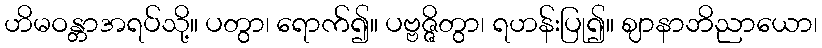
ဟိမဝန္တာအရပ်သို့။ ပတွာ၊ ရောက်၍။ ပဗ္ဗဇ္ဇိတွာ၊ ရဟန်းပြု၍။ ဈာနာဘိညာယော၊